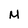
Character: M